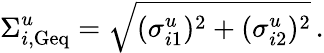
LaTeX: \Sigma_{i\mathrm{,Geq}}^{u}=\sqrt{(\sigma_{i1}^{u})^{2}+(\sigma_{i2}^{u})^{2}}\, .